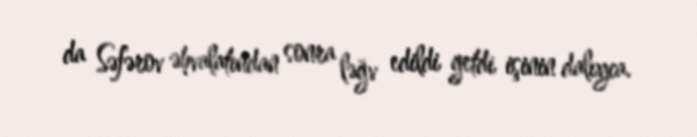
da Səfərov əhvalatından sonra ləğv edildi getdi işinin dalıyca.